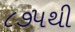
૮૭૫થી